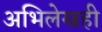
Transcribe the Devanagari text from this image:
अभिलेखही